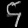
Digit: ၄